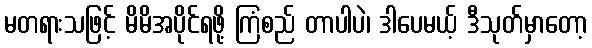
မတရားသဖြင့် မိမိအပိုင်ရဖို့ ကြံစည် တာပါပဲ၊ ဒါပေမယ့် ဒီသုတ်မှာတော့